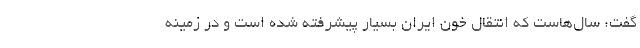
گفت: سال‌هاست که انتقال خون ایران بسیار پیشرفته شده است و در زمینه